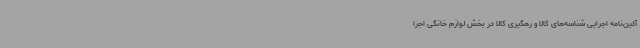
آئین‌نامه اجرایی شناسه‌های کالا و رهگیری کالا در بخش لوازم خانگی اجرا